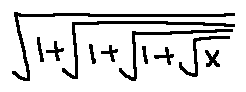
\sqrt { 1 + \sqrt { 1 + \sqrt { 1 + \sqrt { x } } } }